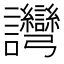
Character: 𬣗